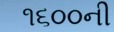
૧૬૦૦ની